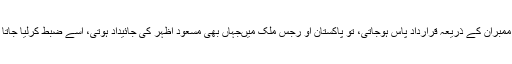
یونائٹیڈ نیشن کے رول 1267-کے تحت ممبران کے ذریعہ قرارداد پاس ہوجاتی، تو پاکستان او رجس ملک میںجہاں بھی مسعود اظہر کی جائیداد ہوتی، اسے ضبط کرلیا جاتا اور اس کی آمدورفت پر پابندی لگ جاتی۔